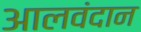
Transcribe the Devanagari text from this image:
आलवंदान